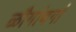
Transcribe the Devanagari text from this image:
ळौगांबगां